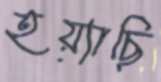
হয়্যাছি